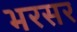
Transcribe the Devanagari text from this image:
भरसर